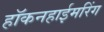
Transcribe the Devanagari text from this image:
हॉकनहाईमरिंग